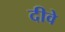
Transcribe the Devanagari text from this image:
दीवे